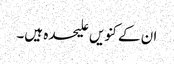
ان کے کنویں علیحدہ ہیں۔